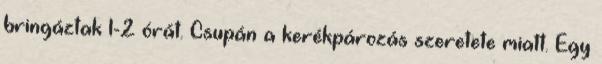
bringáztak 1-2 órát. Csupán a kerékpározás szeretete miatt. Egy